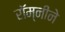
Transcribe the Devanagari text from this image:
रॉम्नीने